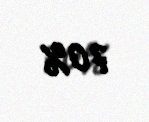
70%